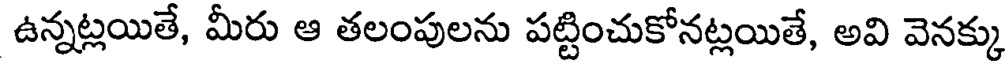
ఉన్నట్లయితే, మీరు ఆ తలంపులను పట్టించుకోనట్లయితే, అవి వెనక్కు